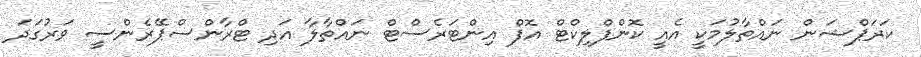
ކަރަޕްޝަން ނައްތާލުމަކީ އެއީ ކޮންފްލިކްޓް އޮފް އިންޓަރެސްޓް ނައްތާލާ އަދި ޓްރާންސްޕޭރެންސީ ވަރުގަދަ